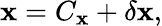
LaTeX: {\mathbf x}=C_{\mathbf x}+\delta{\mathbf x},